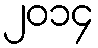
၂၀၁၄